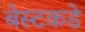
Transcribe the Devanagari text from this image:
बेस्टकडे